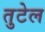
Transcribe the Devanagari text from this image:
तुटेल